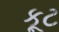
કૂટ